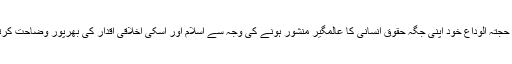
خطبہٴ حجتہ الوداع خود اپنی جگہ حقوق انسانی کا عالمگیر منشور ہونے کی وجہ سے اسلام اور اسکی اخلاقی اقدار کی بھرپور وضاحت کرتا ہے۔